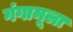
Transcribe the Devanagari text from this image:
गंगामूला